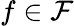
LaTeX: f\in\mathcal F